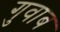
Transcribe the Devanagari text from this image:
गुवाब